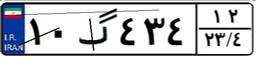
۱۰گ۴۳۴۱۲